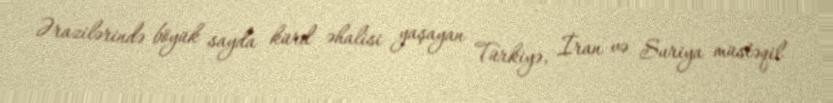
Ərazilərində böyük sayda kürd əhalisi yaşayan Türkiyə, İran və Suriya müstəqil